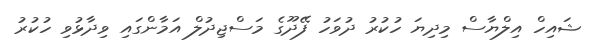
ޝައިހް އިލްޔާސް މިދިޔަ ހުކުރު ދުވަހު ފޭދޫގެ މަސްޖިދުލް އަމާންގައި ވިދާޅުވި ހުކުރު